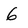
Character: 6